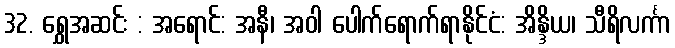
32. ရွှေအဆင်း : အရောင်: အနီ၊ အဝါ ပေါက်ရောက်ရာနိုင်ငံ: အိန္ဒိယ၊ သီရိလင်္ကာ